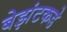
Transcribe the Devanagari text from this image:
बेझंटकडे